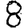
Digit: 8